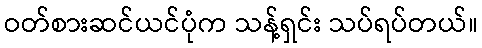
ဝတ်စားဆင်ယင်ပုံက သန့်ရှင်း သပ်ရပ်တယ်။